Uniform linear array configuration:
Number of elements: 4
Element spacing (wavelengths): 0.75
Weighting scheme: hann
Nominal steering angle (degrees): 0
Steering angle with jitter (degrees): -1.159
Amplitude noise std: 0.05
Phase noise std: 0.05

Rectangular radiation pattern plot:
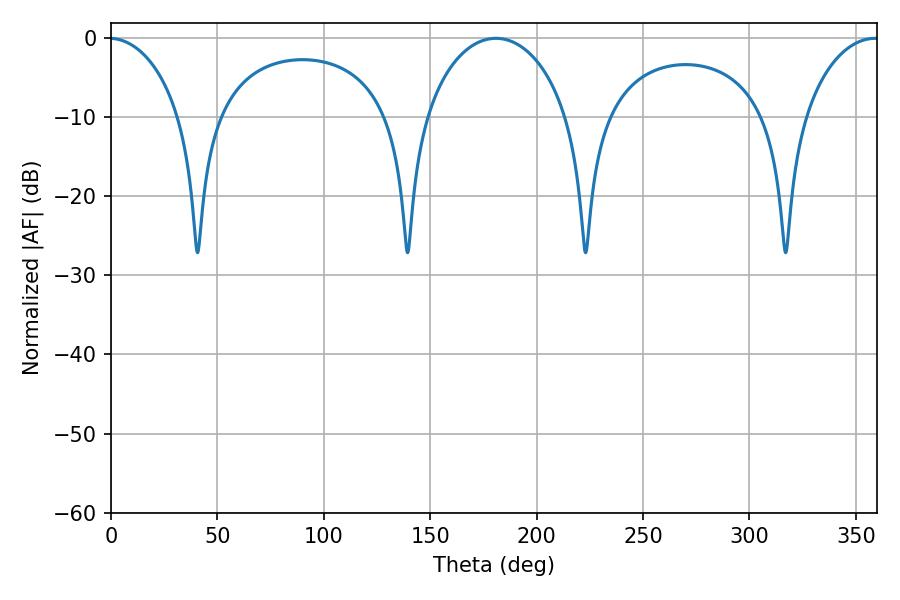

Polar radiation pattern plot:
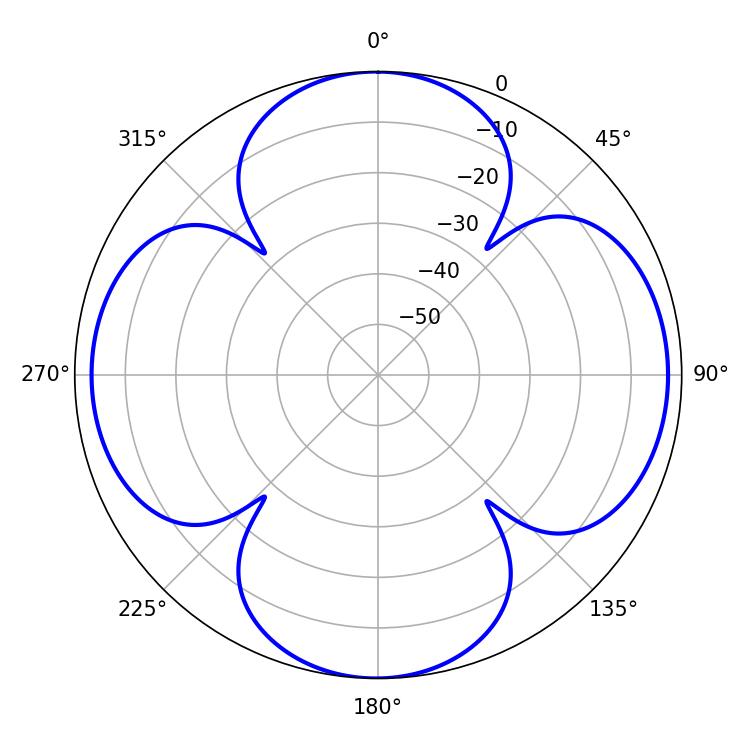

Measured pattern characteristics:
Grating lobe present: TRUE
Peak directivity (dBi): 14.985
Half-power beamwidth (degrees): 38.88
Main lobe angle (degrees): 180.9